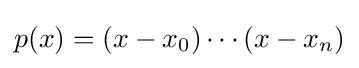
p(x)=(x-x_{0})\cdots (x-x_{n})